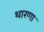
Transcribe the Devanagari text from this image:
थारणा